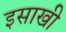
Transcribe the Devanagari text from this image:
इसाखी